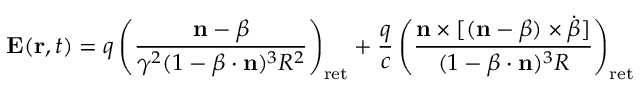
\mathbf { E } ( \mathbf { r } , t ) = q \left( { \frac { \mathbf { n } - { \boldsymbol { \beta } } } { \gamma ^ { 2 } ( 1 - { \boldsymbol { \beta } } \cdot \mathbf { n } ) ^ { 3 } R ^ { 2 } } } \right) _ { \mathrm { { r e t } } } + { \frac { q } { c } } \left( { \frac { \mathbf { n } \times [ ( \mathbf { n } - { \boldsymbol { \beta } } ) \times { \dot { \boldsymbol { \beta } } } ] } { ( 1 - { \boldsymbol { \beta } } \cdot \mathbf { n } ) ^ { 3 } R } } \right) _ { \mathrm { { r e t } } }